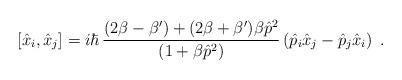
LaTeX: \begin{align*}[ \hat{x}_i, \hat{x}_j ]= i\hbar\, \frac{(2\beta-\beta')+ (2\beta+\beta')\beta \hat{p}^2 } { (1+\beta \hat{p}^2) } \left( \hat{p}_i \hat{x}_j - \hat{p}_j \hat{x}_i \right)\;.\end{align*}